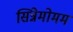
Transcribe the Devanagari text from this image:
सिन्नेमोमम